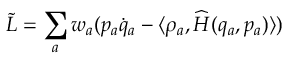
\tilde { L } = \sum _ { a } w _ { a } ( p _ { a } \dot { q } _ { a } - \langle \rho _ { a } , \widehat H ( q _ { a } , p _ { a } ) \rangle )